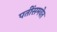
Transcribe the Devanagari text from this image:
पतींसमवेत